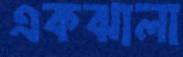
একঝালা